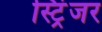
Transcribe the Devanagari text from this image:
स्ट्रिंजर